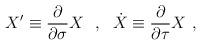
LaTeX: \begin{align*}X' \equiv \frac{\partial}{\partial \sigma} X \ \ , \ \ \dot{X} \equiv \frac{\partial}{\partial \tau} X \ ,\end{align*}